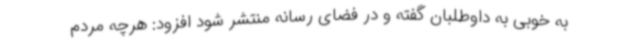
به خوبی به داوطلبان گفته و در فضای رسانه منتشر شود افزود: هرچه مردم